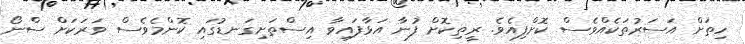
ހިތަށް އަސަރުތަކެއްވެސް ކޮށްފިއެވެ. ރީތިކޮށް ފުނާ އަޅާފައިވާ އިސްތަށިގަނޑުގައި ކޮންމެވެސް ވަރަކަށް ސްނޯ